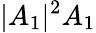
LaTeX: |A_{1}|^{2}A_{1}